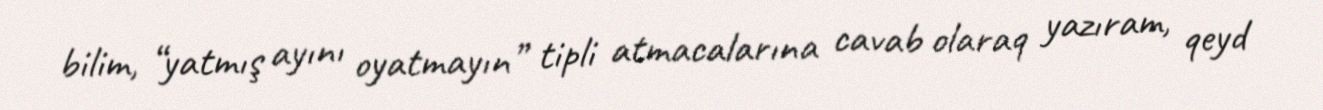
bilim, “yatmış ayını oyatmayın” tipli atmacalarına cavab olaraq yazıram, qeyd